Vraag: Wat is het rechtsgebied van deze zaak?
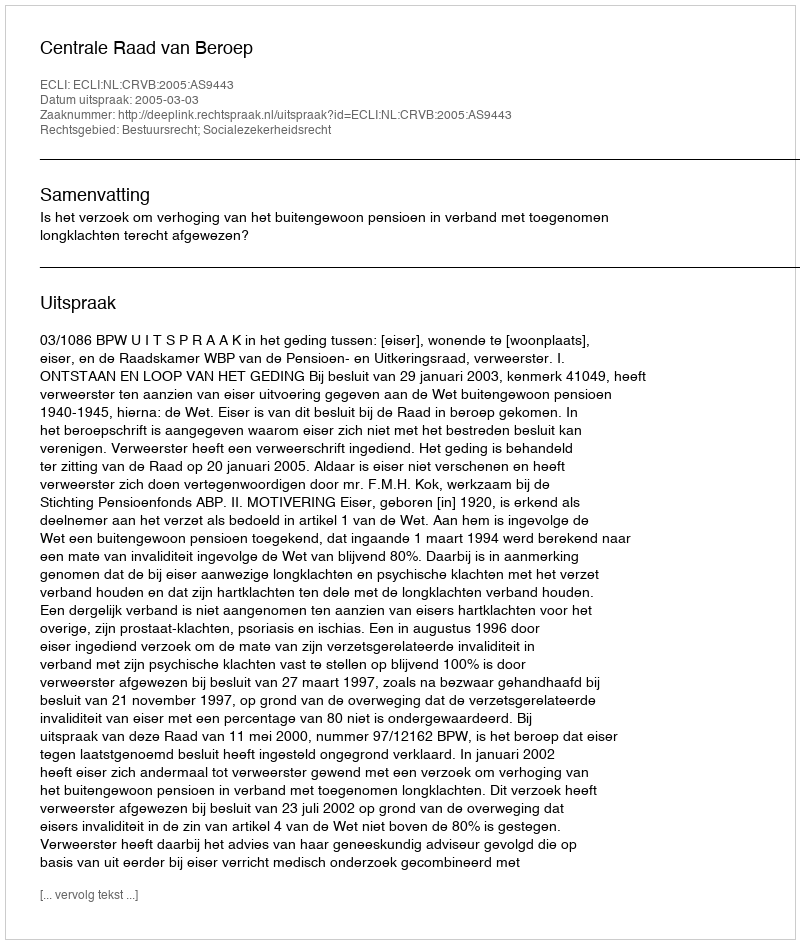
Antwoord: Bestuursrecht; Socialezekerheidsrecht